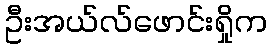
ဦးအယ်လ်ဖောင်းရှိုက